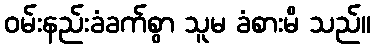
ဝမ်းနည်းခံခက်စွာ သူမ ခံစားမိ သည်။